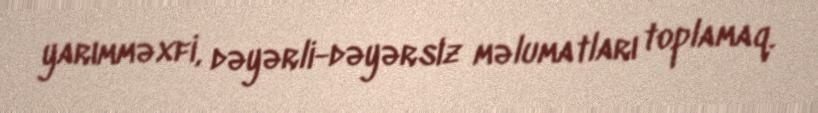
yarımməxfi, dəyərli-dəyərsiz məlumatları toplamaq.